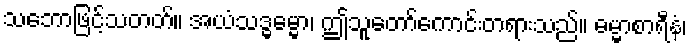
သဘောဖြင့်သတတ်။ အယံသဒ္ဓမ္မော၊ ဤသူတော်ကောင်းတရားသည်။ ဓမ္မာစာရီနံ၊